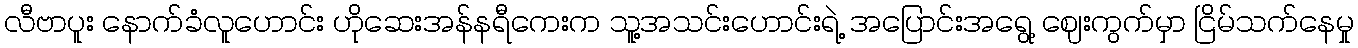
လီဗာပူး နောက်ခံလူဟောင်း ဟိုဆေးအန်နရီကေးက သူ့အသင်းဟောင်းရဲ့ အပြောင်းအရွေ့ ဈေးကွက်မှာ ငြိမ်သက်နေမှု